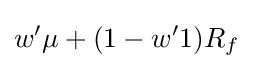
w'\mu +(1-w'1)R_{f}